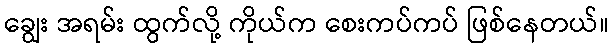
ချွေး အရမ်း ထွက်လို့ ကိုယ်က စေးကပ်ကပ် ဖြစ်နေတယ်။